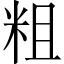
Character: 粗